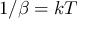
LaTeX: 1 / \beta = k T